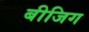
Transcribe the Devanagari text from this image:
बीजिग